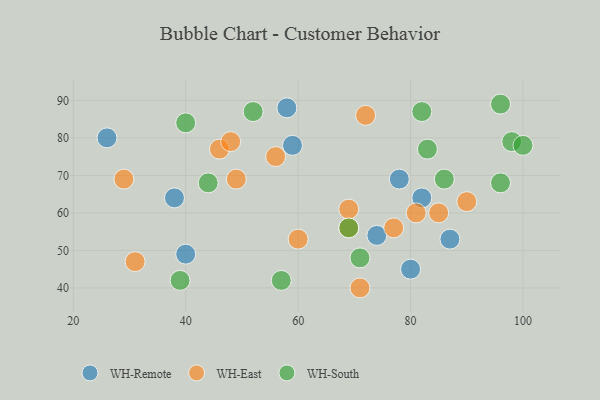
{"axis": {"x": "GDP", "y": "Life Expectancy"}, "legend": ["WH-East", "WH-Remote", "WH-South"], "data": [{"x": "74", "y": 54, "type": "WH-Remote"}, {"x": "38", "y": 64, "type": "WH-Remote"}, {"x": "78", "y": 69, "type": "WH-Remote"}, {"x": "40", "y": 49, "type": "WH-Remote"}, {"x": "87", "y": 53, "type": "WH-Remote"}, {"x": "80", "y": 45, "type": "WH-Remote"}, {"x": "59", "y": 78, "type": "WH-Remote"}, {"x": "58", "y": 88, "type": "WH-Remote"}, {"x": "82", "y": 64, "type": "WH-Remote"}, {"x": "26", "y": 80, "type": "WH-Remote"}, {"x": "56", "y": 75, "type": "WH-East"}, {"x": "49", "y": 69, "type": "WH-East"}, {"x": "81", "y": 60, "type": "WH-East"}, {"x": "31", "y": 47, "type": "WH-East"}, {"x": "72", "y": 86, "type": "WH-East"}, {"x": "29", "y": 69, "type": "WH-East"}, {"x": "85", "y": 60, "type": "WH-East"}, {"x": "71", "y": 40, "type": "WH-East"}, {"x": "69", "y": 56, "type": "WH-East"}, {"x": "90", "y": 63, "type": "WH-East"}, {"x": "77", "y": 56, "type": "WH-East"}, {"x": "60", "y": 53, "type": "WH-East"}, {"x": "46", "y": 77, "type": "WH-East"}, {"x": "69", "y": 61, "type": "WH-East"}, {"x": "48", "y": 79, "type": "WH-East"}, {"x": "57", "y": 42, "type": "WH-South"}, {"x": "96", "y": 89, "type": "WH-South"}, {"x": "52", "y": 87, "type": "WH-South"}, {"x": "40", "y": 84, "type": "WH-South"}, {"x": "86", "y": 69, "type": "WH-South"}, {"x": "44", "y": 68, "type": "WH-South"}, {"x": "83", "y": 77, "type": "WH-South"}, {"x": "98", "y": 79, "type": "WH-South"}, {"x": "71", "y": 48, "type": "WH-South"}, {"x": "82", "y": 87, "type": "WH-South"}, {"x": "96", "y": 68, "type": "WH-South"}, {"x": "100", "y": 78, "type": "WH-South"}, {"x": "69", "y": 56, "type": "WH-South"}, {"x": "39", "y": 42, "type": "WH-South"}]}